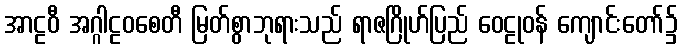
အာဠဝီ အဂ္ဂါဠဝစေတီ မြတ်စွာဘုရားသည် ရာဇဂြိုဟ်ပြည် ဝေဠုဝန် ကျောင်းတော်၌